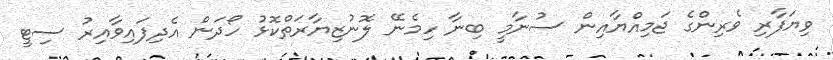
ވިޔަފާރި ވެރިންގެ ޖަމިއްޔާއިން ސުނާމީ ބިނާ ހިމެނޭ ލޮނުޒިޔާރަތްކޮޅު ހޯދަން އެދިފައިވާއިރު ސިޓީ